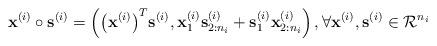
LaTeX: \begin{align*}\mathbf{x}^{(i)} \circ \mathbf{s}^{(i)} =\left({\left(\mathbf{x}^{(i)} \right)}^T \mathbf{s}^{(i)}, \mathbf{x}_1^{(i)}\mathbf{s}_{2:n_i}^{(i)}+\mathbf{s}_1^{(i)}\mathbf{x}_{2:n_i}^{(i)} \right), \forall \mathbf{x}^{(i)},\mathbf{s}^{(i)}\in \mathcal{R}^{n_i}\end{align*}